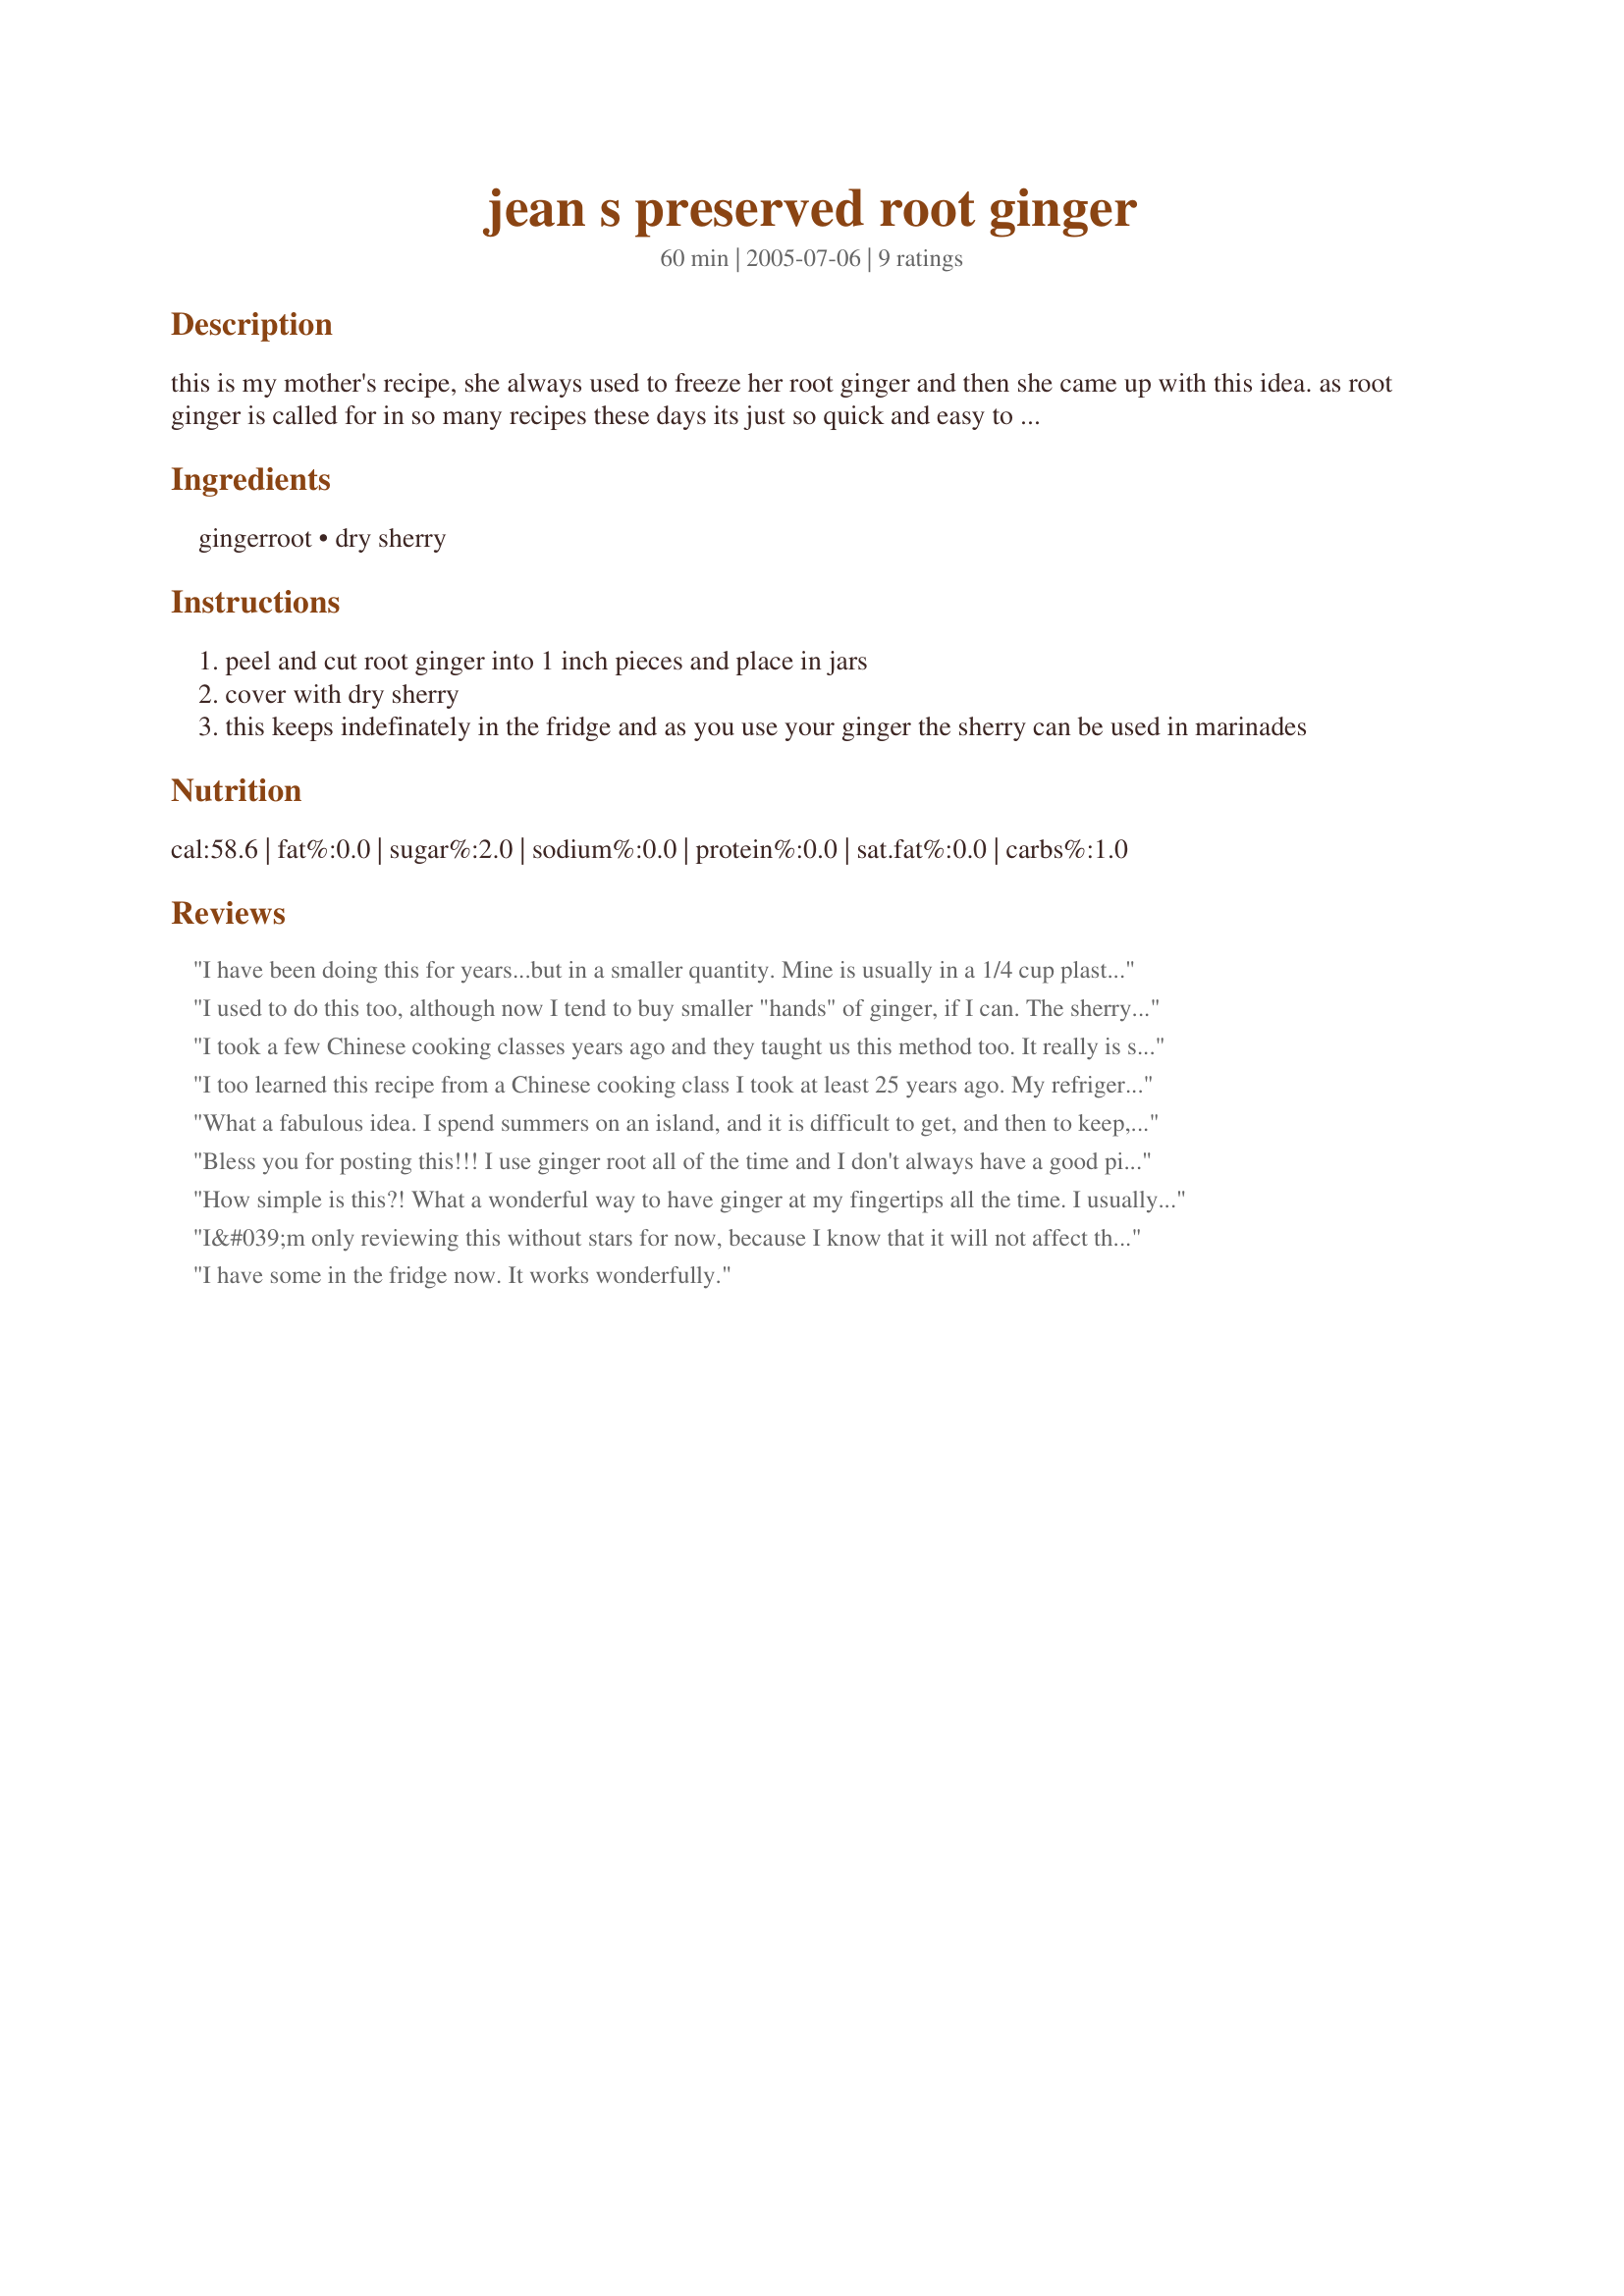
jean s preserved root ginger
Preparation time: 60 minutes

this is my mother's recipe, she always used to freeze her root ginger and then she came up with this idea. as root ginger is called for in so many recipes these days its just so quick and easy to grab straight away out of the fridge. this is brilliant because you can either prepare as little or as much ginger as you wish, its best to make a lot when the good quality ginger is in season!! you only have to make this once a year as it keeps indefinately. i will value your comments with this one

Ingredients:
gingerroot, dry sherry

Steps:
peel and cut root ginger into 1 inch pieces and place in jars
cover with dry sherry
this keeps indefinately in the fridge and as you use your ginger the sherry can be used in marinades

Reviews:
I have been doing this for years...but in a smaller quantity. Mine is usually in a 1/4 cup plastic container, 3 - 4 inch pieces of ginger and fill it up with sherry, so that it is completely covered. I add ginger to it when needed and top the sherry up. Keeps for ever in the fridge...as long as the air does not get to it! I have used the seasoned sherry in a stir fry many times as 
the secret ingredient. If you are a ginger fan, I recommend using this method.
I used to do this too, although now I tend to buy smaller "hands" of ginger, if I can. The sherry is wonderful in salad dressings, also, or to splash in any kind of stir-fry.
I took a few Chinese cooking classes years ago and they taught us this method too. It really is so simple and I always have ginger on hand. We love ginger and I use it in so many dishes. Thanks Stay in the Bay. Made for Cookbook Tag.
I too learned this recipe from a Chinese cooking class I took at least 25 years ago. My refrigerator has never been empty of this ginge since. Use the sherry in stir fry. It adds so much flavor. Use the tip of a spoon to peel your ginger. Works like a charm.
What a fabulous idea. I spend summers on an island, and it is difficult to get, and then to keep, fresh ginger. I'll make some today.
Bless you for posting this!!! I use ginger root all of the time and I don't always have a good piece on hand and now I will. I LOVE it!!!
How simple is this?! What a wonderful way to have ginger at my fingertips all the time. I usually keep it in the freezer, but my freezer tends to get a little "cluttered" at times, and then it's hard to find. I won't mind this pretty jar being UP FRONT in my fridge, and it will make me feel good every time I open the door! Great tip and pretty, too! Thanks for this!
I&#039;m only reviewing this without stars for now, because I know that it will not affect the rating. I have prepared this as written, but I really can&#039;t rate on how well this process works until it sits for some time. I will definately update here if it is a success. It would be great to have it fresh in the fridge and not frozen. Thank you for posting your technique. (Made for Name That Ingredient tag)
I have some in the fridge now. It works wonderfully.
